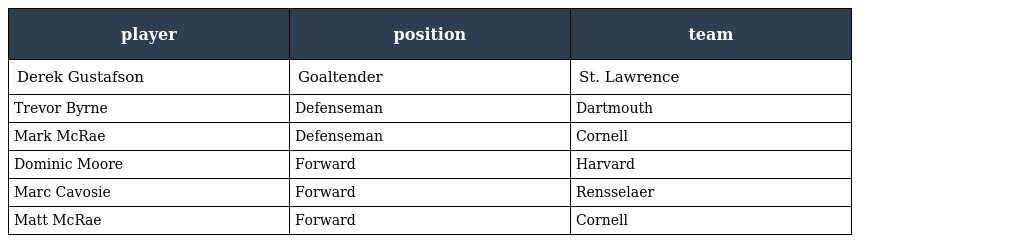
| player | position | team |
 | --- | --- | --- |
 | Derek Gustafson | Goaltender | St. Lawrence |
 | Trevor Byrne | Defenseman | Dartmouth |
 | Mark McRae | Defenseman | Cornell |
 | Dominic Moore | Forward | Harvard |
 | Marc Cavosie | Forward | Rensselaer |
 | Matt McRae | Forward | Cornell |